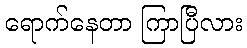
ရောက်နေတာ ကြာပြီလား